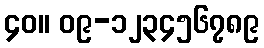
၄၀။ ၀၉-၁၂၃၄၅၆၇၈၉